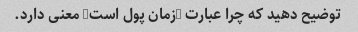
توضیح دهید که چرا عبارت "زمان پول است" معنی دارد.